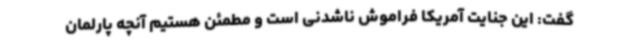
گفت: این جنایت آمریکا فراموش ناشدنی است و مطمئن هستیم آنچه پارلمان